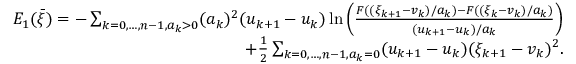
\begin{array} { r } { E _ { 1 } ( \bar { \xi } ) = - \sum _ { k = 0 , \ldots , n - 1 , a _ { k } > 0 } ( a _ { k } ) ^ { 2 } ( u _ { k + 1 } - u _ { k } ) \ln \left( \frac { F ( ( \xi _ { k + 1 } - v _ { k } ) / a _ { k } ) - F ( ( \xi _ { k } - v _ { k } ) / a _ { k } ) } { ( u _ { k + 1 } - u _ { k } ) / a _ { k } } \right) } \\ { + \frac { 1 } { 2 } \sum _ { k = 0 , \ldots , n - 1 , a _ { k } = 0 } ( u _ { k + 1 } - u _ { k } ) ( \xi _ { k + 1 } - v _ { k } ) ^ { 2 } . } \end{array}